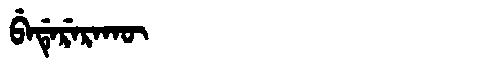
Manchu: ᠪᡝᡩᡝᡵᡝᡵᠠᡴᡡ
Romanization: BEDERERAKŪ